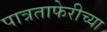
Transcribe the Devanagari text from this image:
पात्रताफेरीच्या